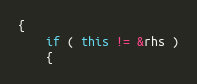
Language: C++
{
	if ( this != &rhs )
	{